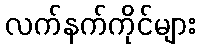
လက်နက်ကိုင်များ